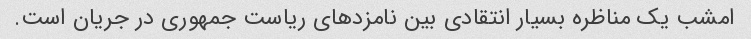
امشب یک مناظره بسیار انتقادی بین نامزدهای ریاست جمهوری در جریان است.